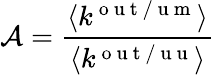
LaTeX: \mathcal{A}=\frac{\langle k^{\mathrm{~o~u~t~/~u~m~}}\rangle}{\langle k^{\mathrm{~o~u~t~/~u~u~}}\rangle}